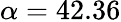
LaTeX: \alpha=42.36